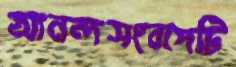
আনন্দসংবাদটি